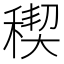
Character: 稧